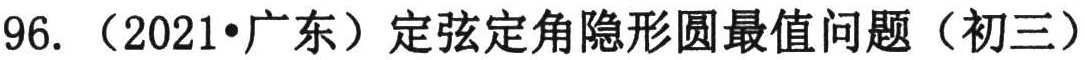
96. （2021•广东）定弦定角隐形圆最值问题（初三）